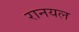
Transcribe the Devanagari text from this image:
रानयल